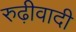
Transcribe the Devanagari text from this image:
रुढ़ीवादी